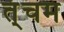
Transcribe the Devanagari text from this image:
त्ंचम